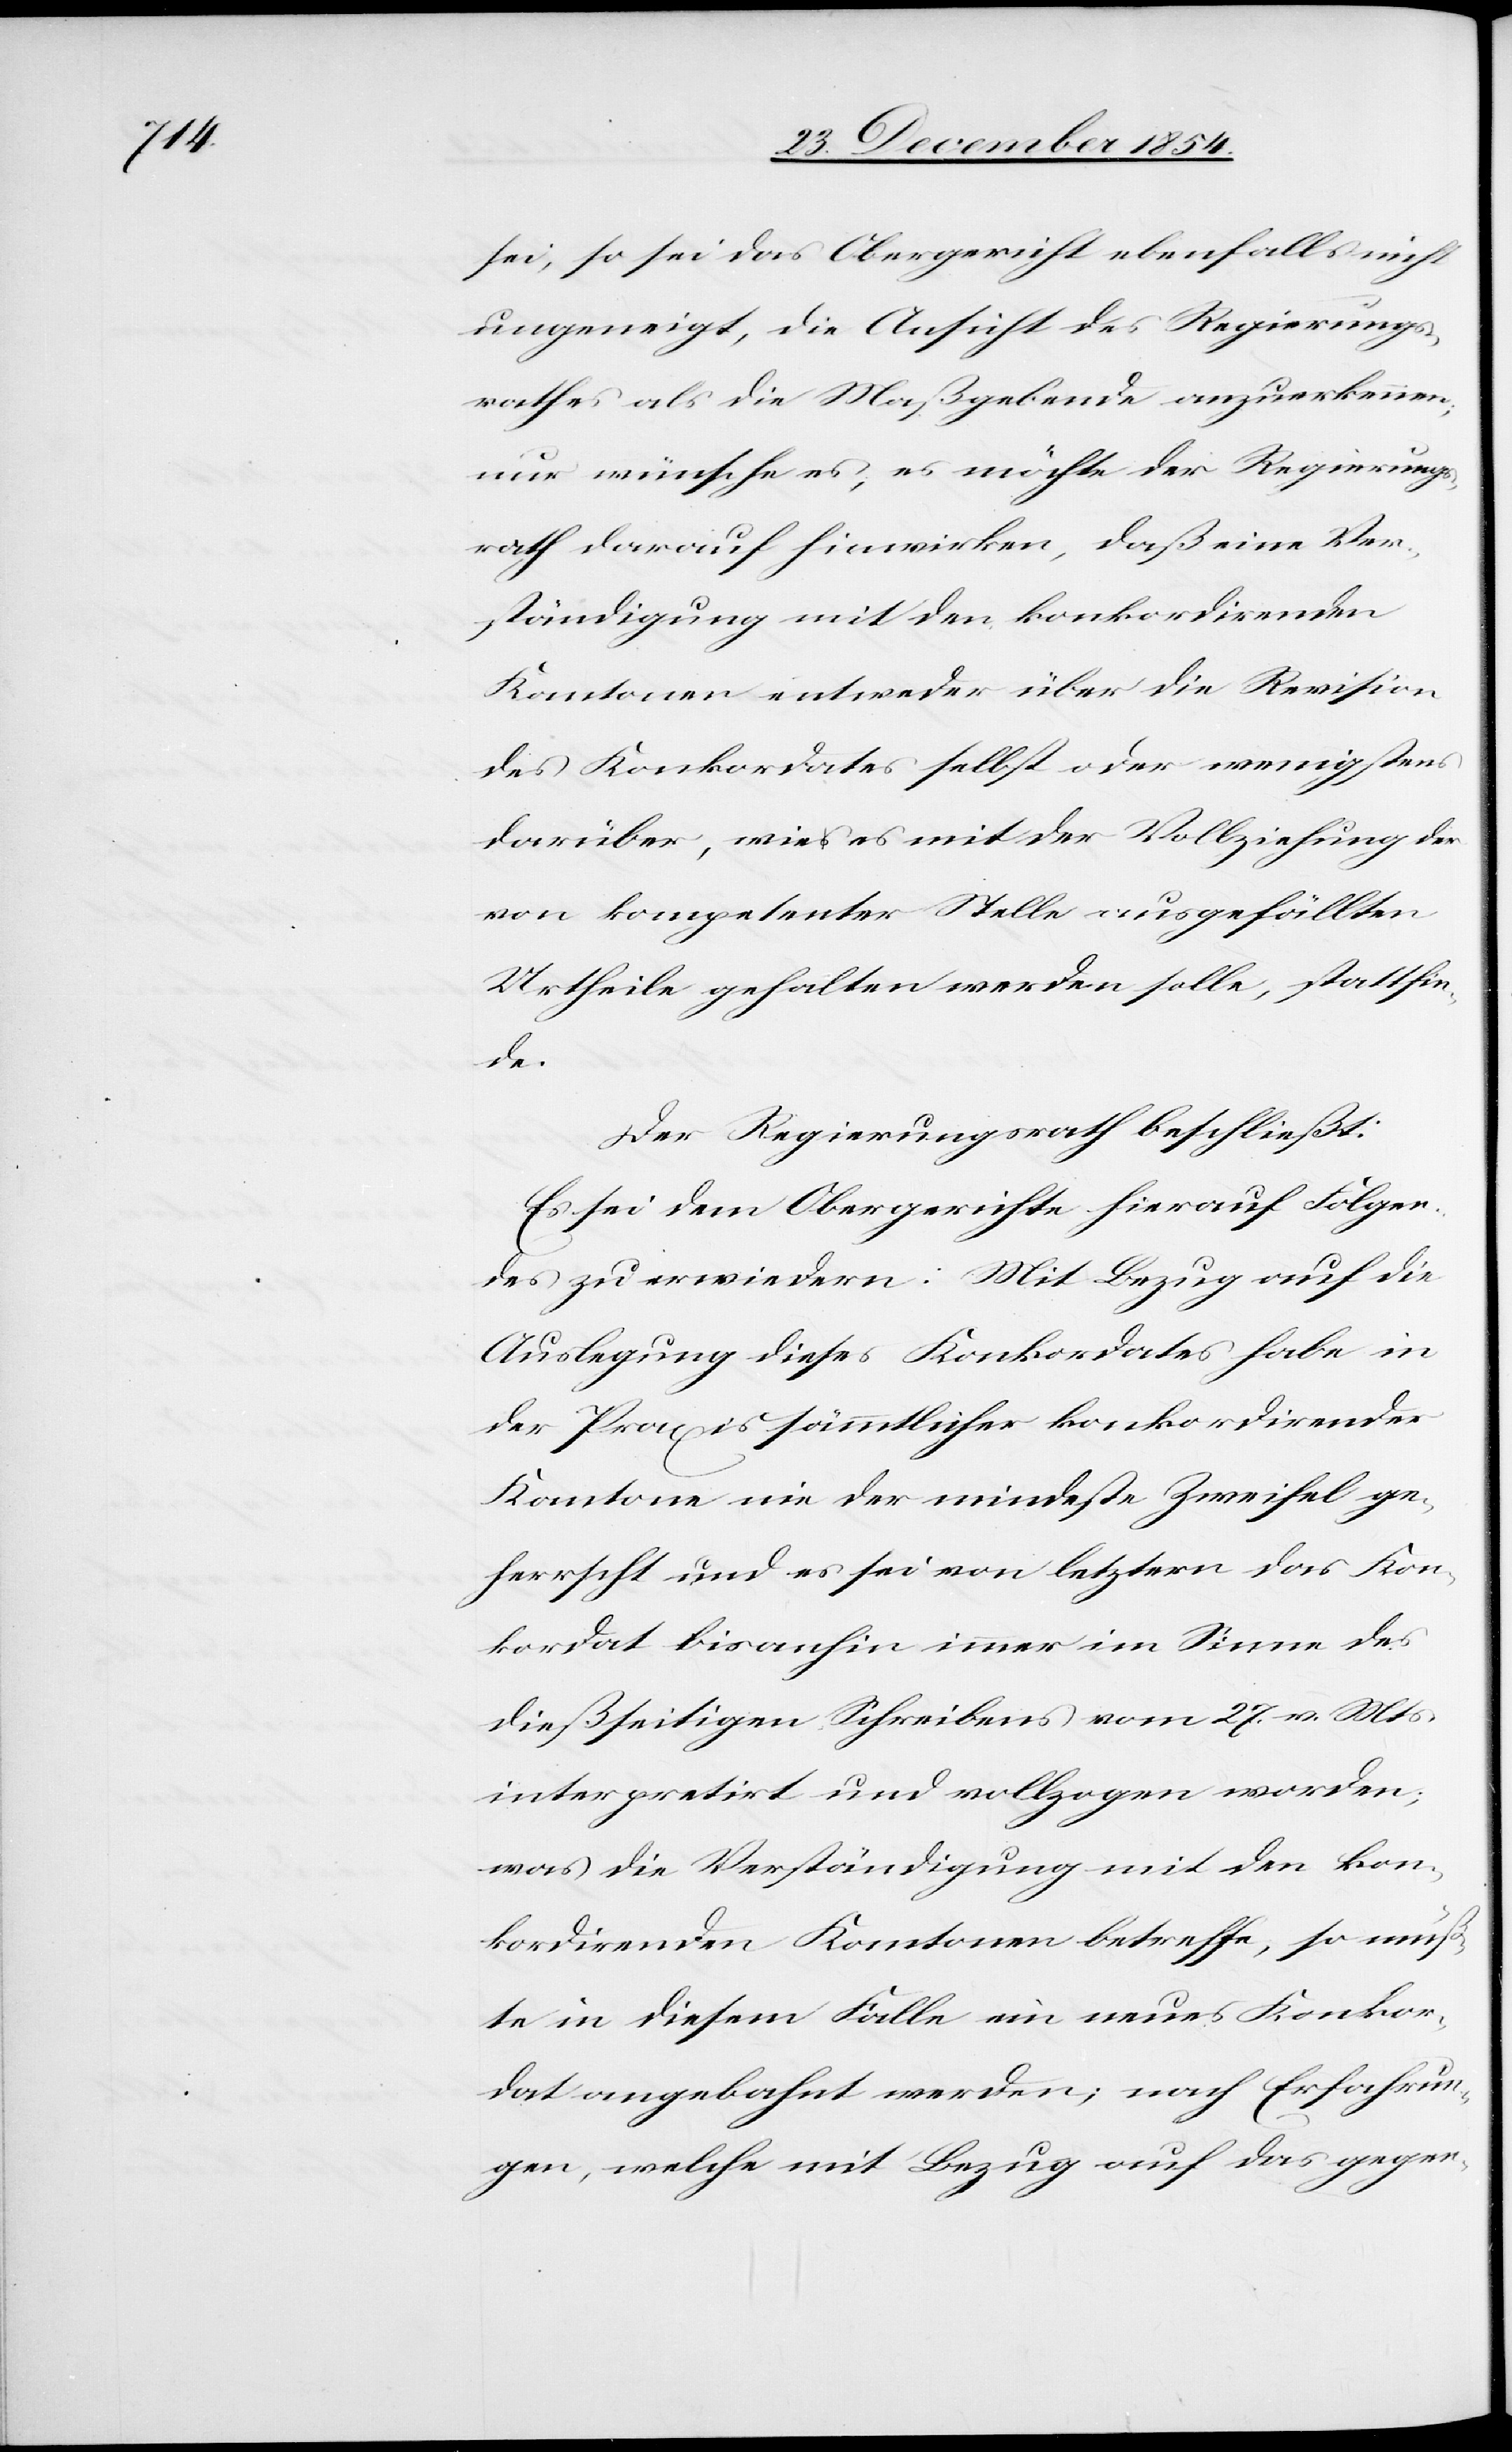
sei, so sei das Obergericht ebenfalls nicht
ungeneigt, die Ansicht des Regierungs¬
rathes als die Maßgebende anzuerkennen;
nur wünsche es, es möchte der Regierungs¬
rath darauf hinwirken, daß eine Ver¬
ständigung mit den konkordirenden
Kantonen entweder über die Revision
des Konkordates selbst oder wenigstens
darüber, wie es mit der Vollziehung der
von kompetenter Stelle ausgefällten
Urtheile gehalten werden solle, stattfin¬
de.
Der Regierungsrath beschließt:
Es sei dem Obergerichte hierauf Folgen¬
des zu erwiedern. Mit Bezug auf die
Auslegung dieses Konkordates habe in
der Praxis sämmtlicher konkordirender
Kantone nie der mindeste Zweifel ge¬
herrscht und es sei von letztern das Kon¬
kordat bisanhin immer im Sinne des
dießseitigen Schreibens vom 27. v. Mts.
interpretirt und vollzogen worden;
was die Verständigung mit den kon¬
kordirenden Kantonen betreffe, so müß¬
te in diesem Falle ein neues Konkor¬
dat angebahnt werden; nach Erfahrun¬
gen, welche mit Bezug auf das gegen-